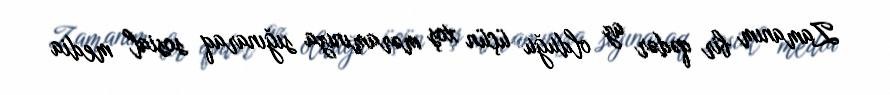
Zamanım bir qədər az olduğu üçün xoş məramınıza sığınaraq sosial media